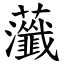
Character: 虃